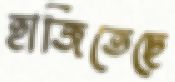
হাজিতেছে